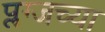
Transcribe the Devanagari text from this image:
प्लग्जच्या